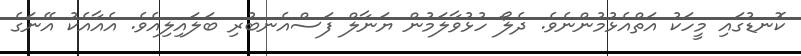
ކޮނޑުގައި މީހަކު އަތްއެޅުމުންނެވެ. ދެލޯ ހުޅުވާލަމުން ޔަނާލް ފަސްއެނބުރި ބަލައިލިއެވެ. އެއާއެކު އޭނަގެ